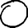
Digit: 0